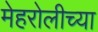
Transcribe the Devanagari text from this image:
मेहरोलीच्या